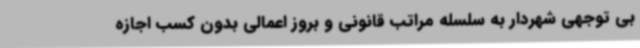
بی توجهی شهردار به سلسله مراتب قانونی و بروز اعمالی بدون کسب اجازه